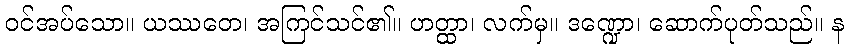
ဝင်အပ်သော။ ယဿတေ၊ အကြင်သင်၏။ ဟတ္ထာ၊ လက်မှ။ ဒဏ္ဍော၊ ဆောက်ပုတ်သည်။ န